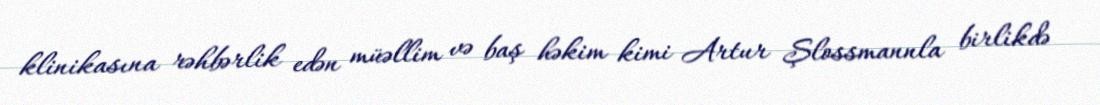
klinikasına rəhbərlik edən müəllim və baş həkim kimi Artur Şlossmannla birlikdə